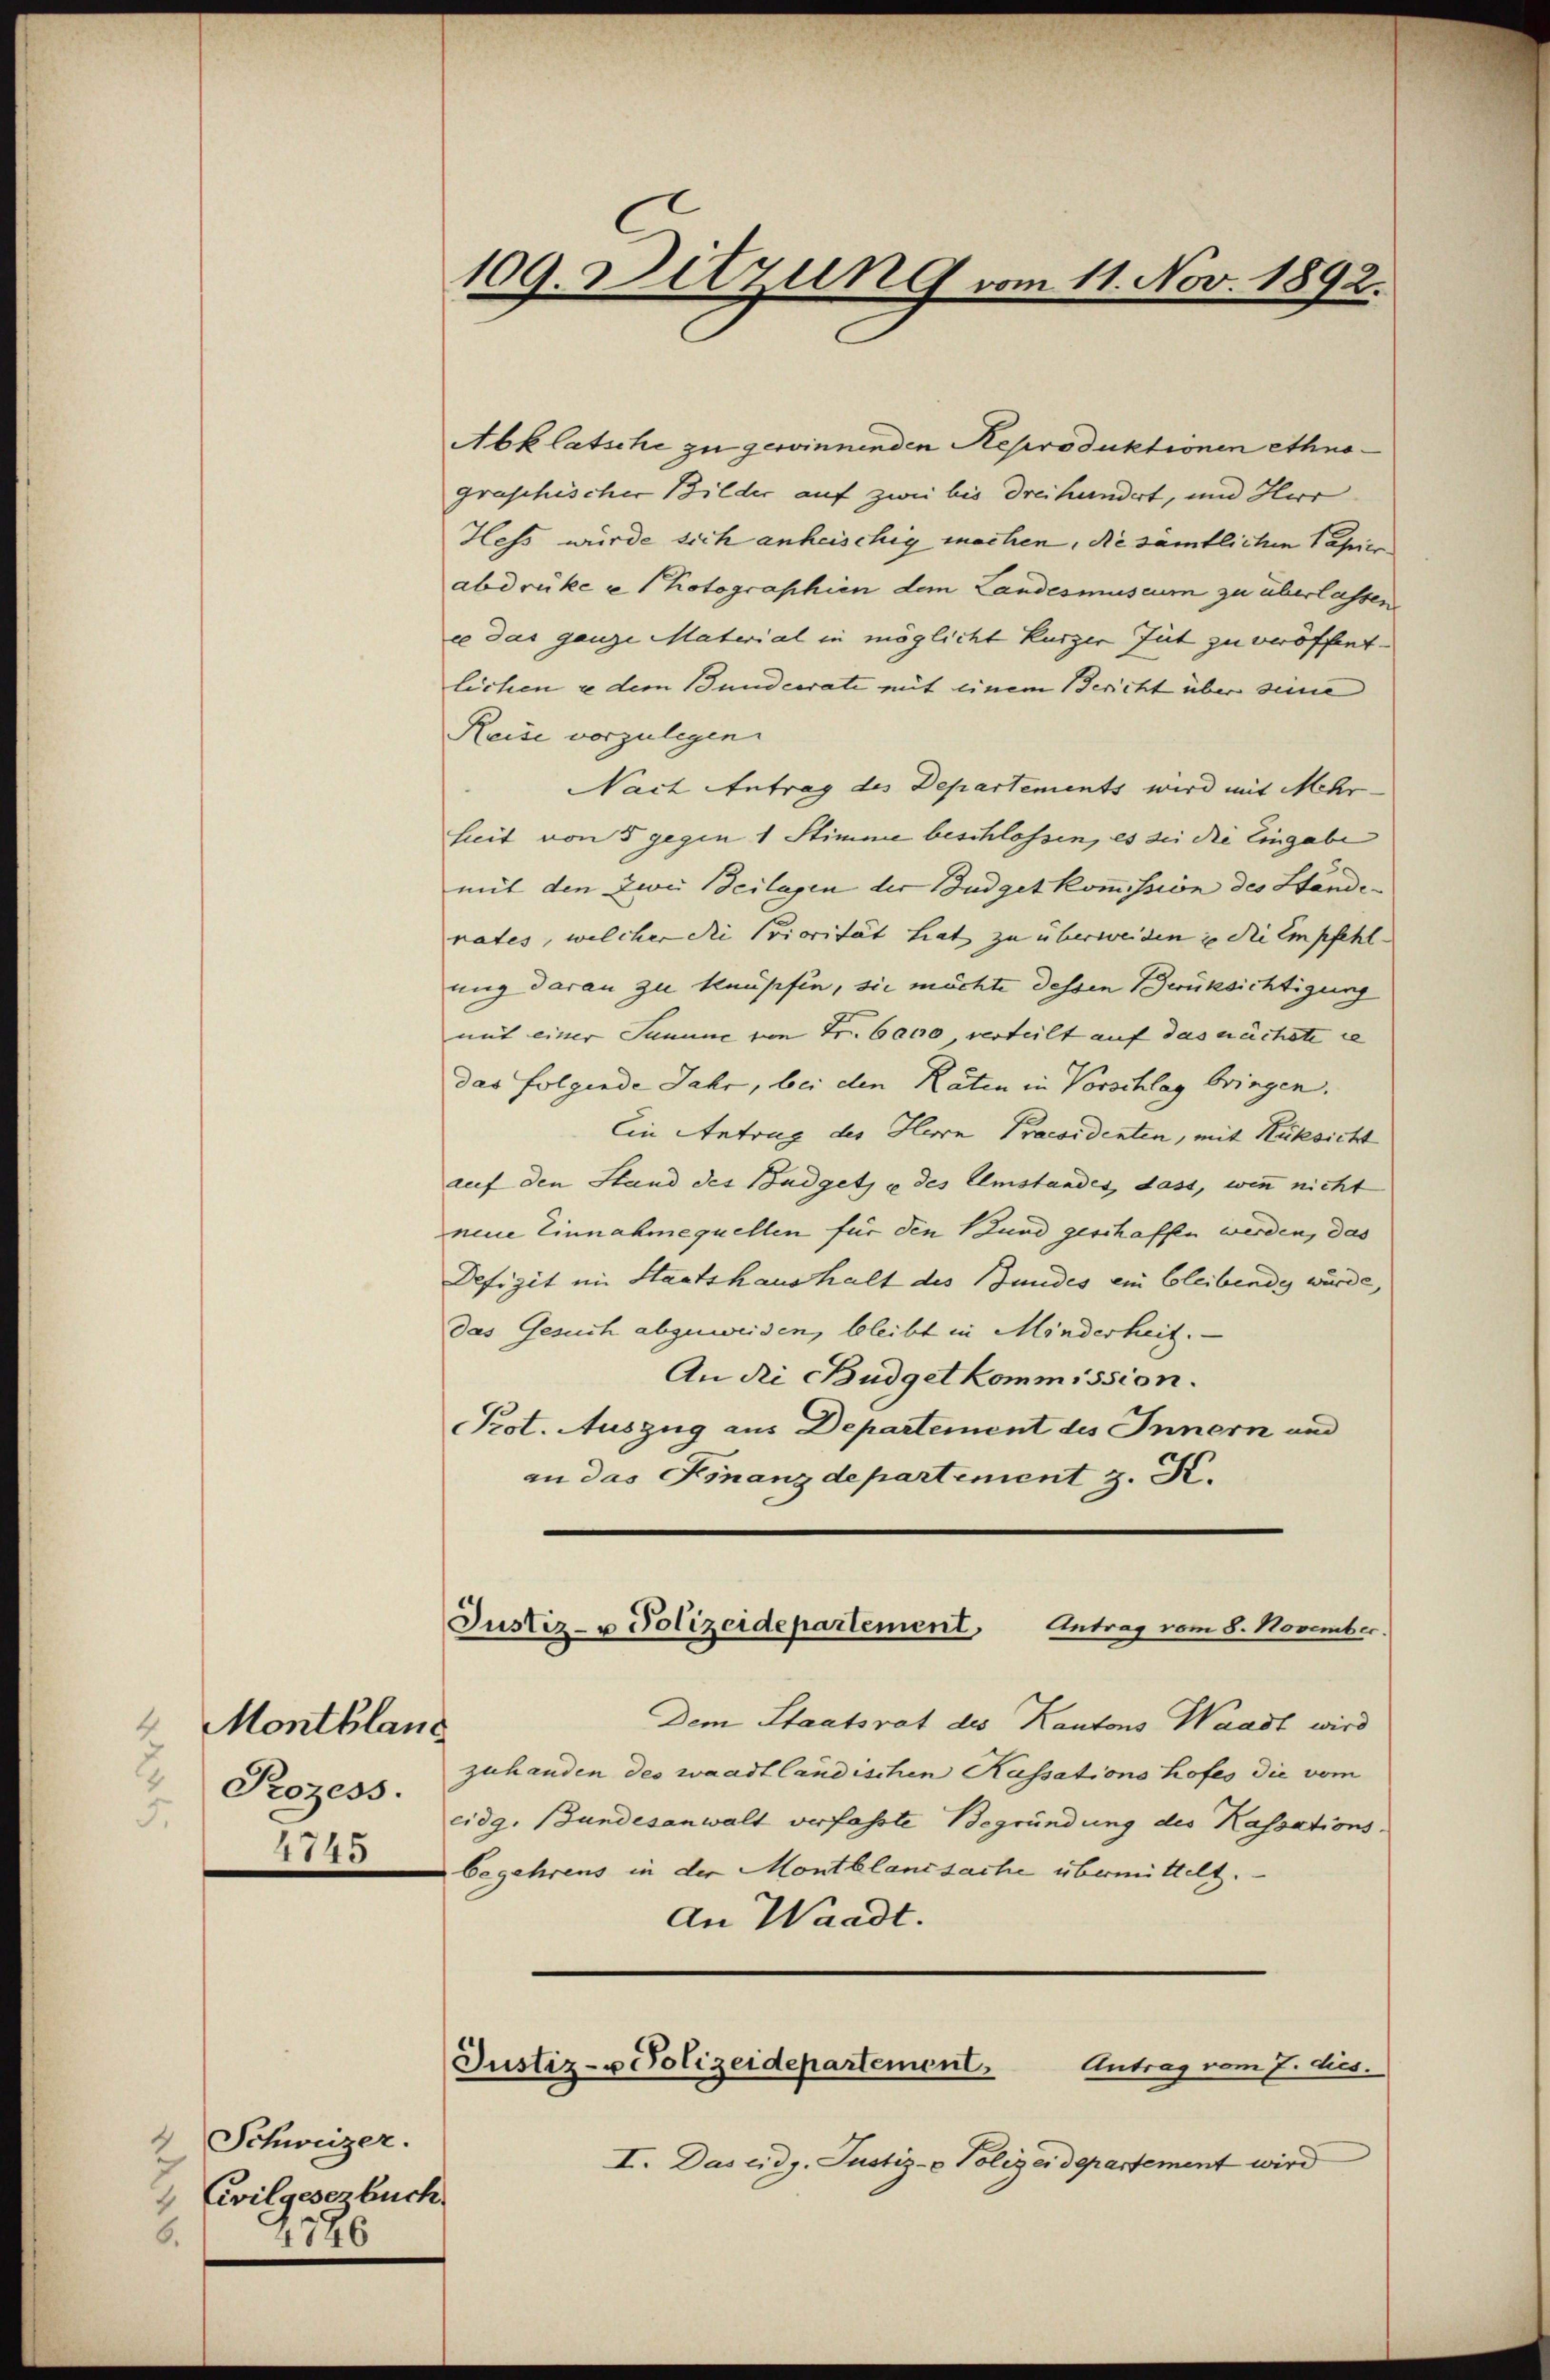
2
Montbland
Prozess.
5.
1745

4 Schweizer.
Civilgeserbuch
6.
1346

109. Detzung vom 11. Nov. 1892.

Abklatsche zu gewinnenden Reproduktionen ethnograschischer Bilder auf zwei bis dreihundert, und Herr
Hess wurde sich anheischig machen, die sämtlichen Papier
abdrüke e (Kotographien dem Landesmuseum zu überlassen
ee das ganze Material in möglicht kurzer Gut zu veröffent-
lichen u dem Bundesrate mit einem Bericht über seine
Reise vorzulegen.
Nach Antrag des Departements wird mit Mehr-
heit von 5 gegen 1 Stimme beschlossen, es die die Eingabe
mit den zwei Beilagen der Budgetkommission des Stände
nates, welcher die Priorität hat zu überweiden in die Empfehl
ung daran zu knüpfen, sie möchte dessen Berüksichtigung
mit einer Summe von Fr. 6000 verteilt auf das nächste i
das folgende Jahr, bei den Räten in Vorschlag bringen.
Ein Antrag des Herrn Praesidenten, mit Rüksicht
auf den Stand des Budget u des Umstandes, dass, wenn nicht
neue Einnahmequellen für den und geschaffen werden, das
Defizit im Staatshaushalt des Zundes ein bleibende wurde,
das Gesuch abgeweiden, bleibt in Minderheit.
An die Büdget kommission.
Prot. Auszug aus Departement des Innern und
an das Finanzdepartement z. K.
Justiz- u Polizeidepartement. Antrag vom 8. November.
Dem Staatsrat des Kantons Waadt wird
zuhanden des waadtländischen Kassations Profes die vom
cidg. Bundesanwalt verfasste Begründung des Kassations-
begehrens in der Montblandsache übermittelt.
An Waadt.
Justiz- u Polizeidepartement. Antrag vom 7. dies.
I. Das eidg. Justiz- & Polizeidepartement wird